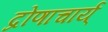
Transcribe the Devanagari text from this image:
द्रोणाचार्य्